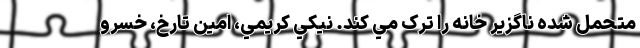
متحمل شده ناگزير خانه را ترک مي کند. نيکي کريمي، امين تارخ، خسرو